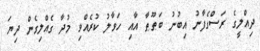
ދިއްލީގެ ރަސްގެފާނު އިބުނު ބަޠޫޠާ އާއި ހަވާލު ކުރެއްވި މުދާ ގެއްލިގެން ދިޔަ